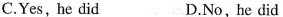
C.Yes, he did D.No, he did